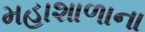
મહાશાળાના